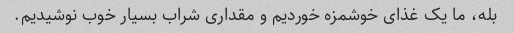
بله، ما یک غذای خوشمزه خوردیم و مقداری شراب بسیار خوب نوشیدیم.